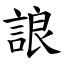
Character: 誏